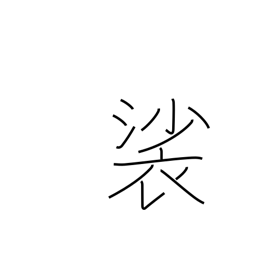
Meaning: Buddhist surplice